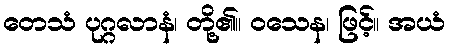
တေသံ ပုဂ္ဂလာနံ၊ တို့၏။ ဝသေန၊ ဖြင့်။ အယံ